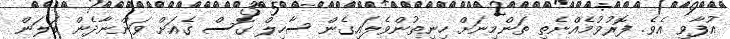
އުފާވި އެވެ. ފޮރުވުމެއްނެތި ތަންމިނަށް ހިނިތުންވެލައިގެން ސާހިލް ގޮސް ގެއަށް ވަންނާދެން ބަލަން